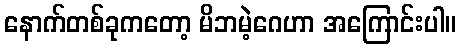
နောက်တစ်ခုကတော့ မိဘမဲ့ဂေဟာ အကြောင်းပါ။